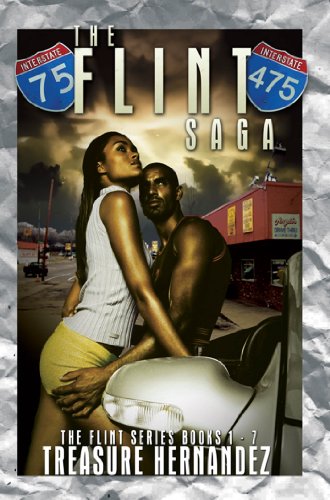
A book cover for The Flint Saga; Treasure Hernandez; Romance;